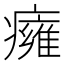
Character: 癕